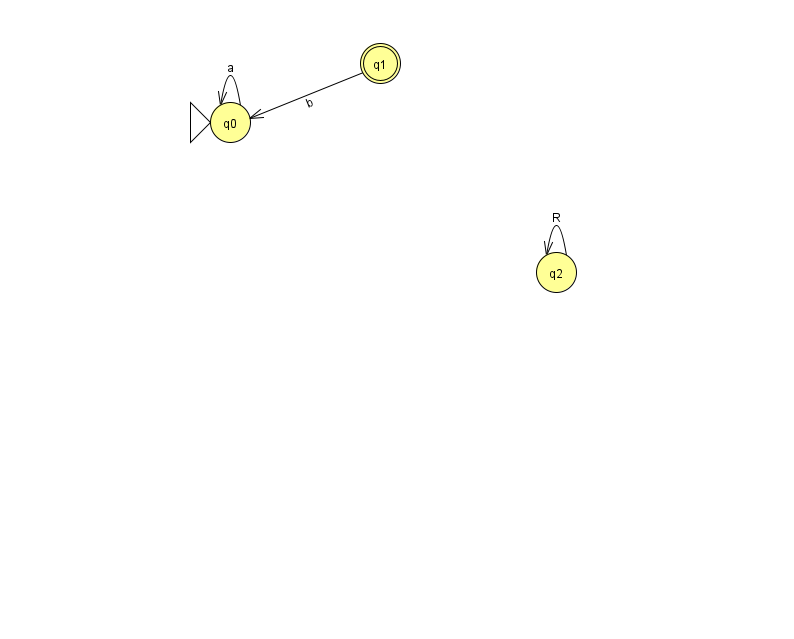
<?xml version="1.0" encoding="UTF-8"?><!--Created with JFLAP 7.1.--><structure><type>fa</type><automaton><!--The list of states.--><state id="0" name="q0"><x>230.0</x><y>109.0</y><initial/></state><state id="1" name="q1"><x>380.0</x><y>50.0</y><final/></state><state id="2" name="q2"><x>556.0</x><y>259.0</y></state><!--The list of transitions.--><transition><from>0</from><to>0</to><read>a</read></transition><transition><from>1</from><to>0</to><read>b</read></transition><transition><from>2</from><to>2</to><read>R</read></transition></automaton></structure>